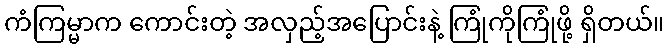
ကံကြမ္မာက ကောင်းတဲ့ အလှည့်အပြောင်းနဲ့ ကြုံကိုကြုံဖို့ ရှိတယ်။